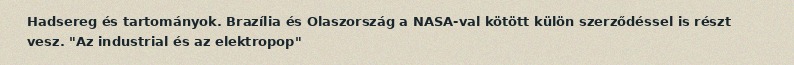
Hadsereg és tartományok. Brazília és Olaszország a NASA-val kötött külön szerződéssel is részt vesz. "Az industrial és az elektropop"